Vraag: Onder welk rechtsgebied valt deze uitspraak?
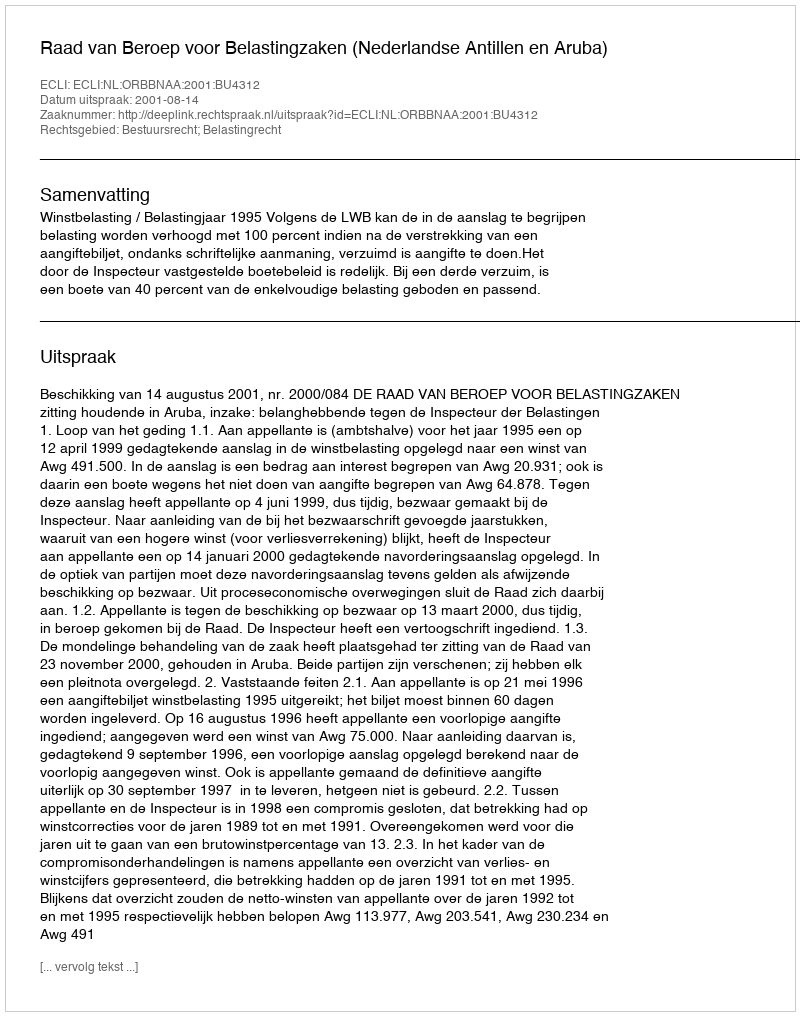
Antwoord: Bestuursrecht; Belastingrecht